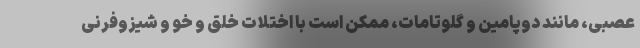
عصبی، مانند دوپامین و گلوتامات، ممکن است با اختلات خلق و خو و شیزوفرنی